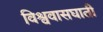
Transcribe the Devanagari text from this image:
विश्ववासघाती